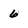
Character: 6